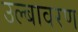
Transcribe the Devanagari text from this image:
उल्बावरण